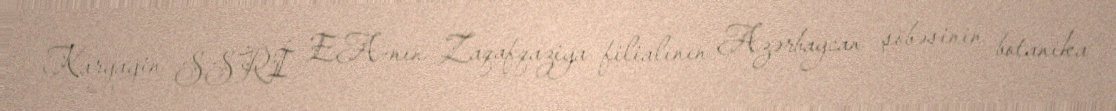
Karyagin SSRİ EA-nın Zaqafqaziya filialının Azərbaycan şöbəsinin botanika